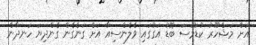
އަށް މަޝްހޫރު ކުޑަމޫސަ ބޮޑު އަގުގައި ވެލެންސިއާ އަށް ގަނެގެން ގެންދިޔަ ހަނދާން